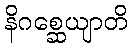
နိဂစ္ဆေယျာတိ